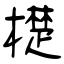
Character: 檚